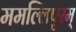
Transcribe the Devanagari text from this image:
ममल्लिपुरम्